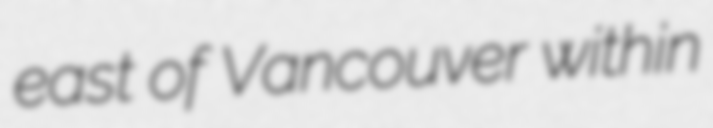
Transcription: east of Vancouver within